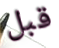
قبل